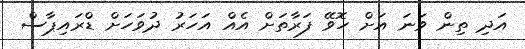
އަދި ތިން ވަނަ އަށް ހޮވޭ ފަރާތަށް އެއް އަހަރު ދުވަހަށް ޑްރައިޕާސް